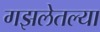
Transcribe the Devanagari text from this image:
गझलेतल्या